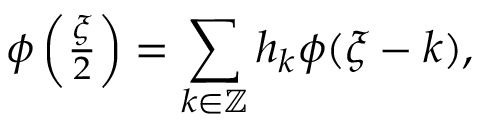
\begin{array} { r } { \phi \left( \frac { \xi } { 2 } \right) = \displaystyle \sum _ { k \in \mathbb { Z } } h _ { k } \phi ( \xi - k ) , } \end{array}